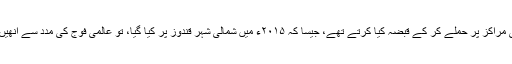
ماضی میں جب طالبان بڑے شہر اور ضلعی مراکز پر حملے کر کے قبضہ کیا کرتے تھے، جیسا کہ ۲۰۱۵ء میں شمالی شہر قندوز پر کیا گیا، تو عالمی فوج کی مدد سے انھیں بھرپور طاقت سے پیچھے ہٹا دیا جا تا تھا۔